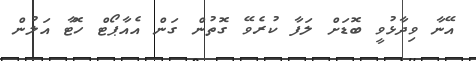
އޭނާ ވިދާޅުވީ ބޮޑަށް ލަފާ ކުރެވޭ ގޮތުން ގަން އެއާޕޯޓް ހޮޓާ އަލުން